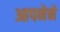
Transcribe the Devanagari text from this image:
आपनेने